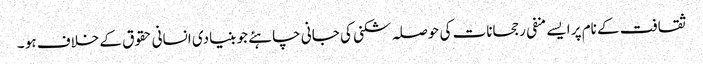
ثقافت کے نام پر ایسے منفی رجحانات کی حوصلہ شکنی کی جانی چاہئے جو بنیادی انسانی حقوق کے خلاف ہو ۔